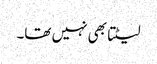
لیٹتا بھی نہیں تھا۔